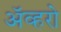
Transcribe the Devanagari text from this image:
ॲव्हरो